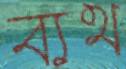
ব্যথ